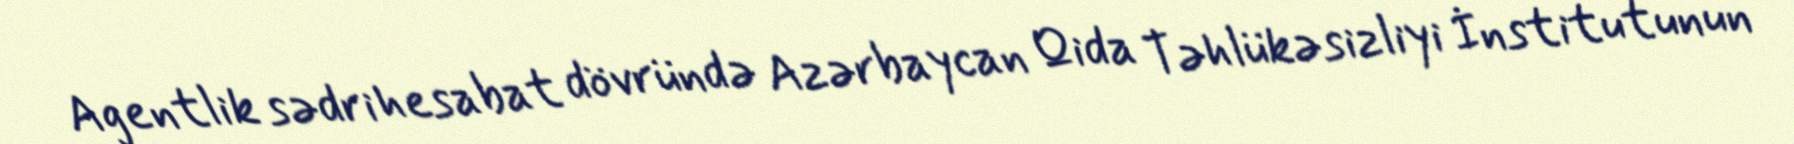
Agentlik sədri hesabat dövründə Azərbaycan Qida Təhlükəsizliyi İnstitutunun